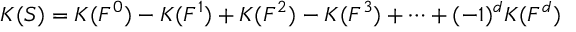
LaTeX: K ( S ) = K ( F ^ { 0 } ) - K ( F ^ { 1 } ) + K ( F ^ { 2 } ) - K ( F ^ { 3 } ) + \dots + ( - 1 ) ^ { d } K ( F ^ { d } )